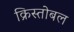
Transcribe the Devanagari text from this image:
क्रिस्तोबल